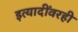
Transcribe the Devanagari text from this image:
इत्यादींवरही